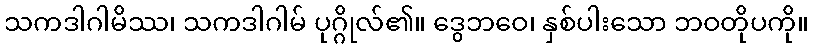
သကဒါဂါမိဿ၊ သကဒါဂါမ် ပုဂ္ဂိုလ်၏။ ဒွေဘဝေ၊ နှစ်ပါးသော ဘဝတိုပကို။